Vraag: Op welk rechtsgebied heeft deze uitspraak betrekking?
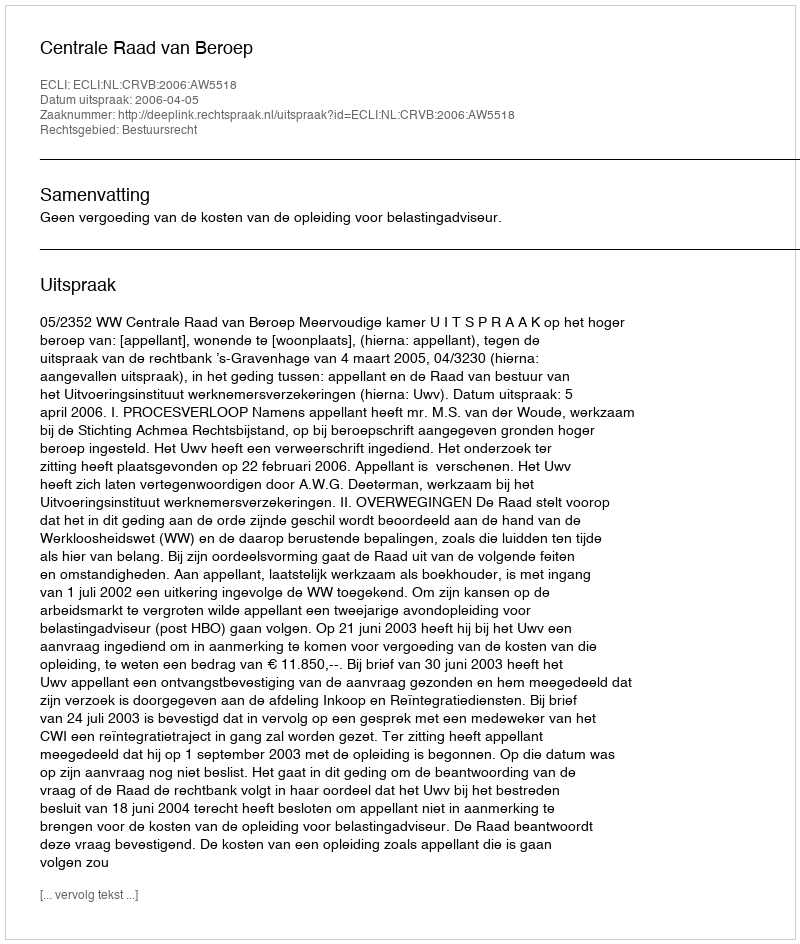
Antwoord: Bestuursrecht